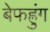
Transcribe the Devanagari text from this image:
बेफह्रुंग